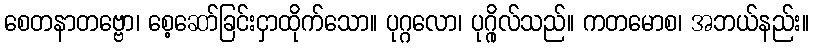
စေတနာတဗ္ဗော၊ စေ့ဆော်ခြင်းငှာထိုက်သော။ ပုဂ္ဂလော၊ ပုဂ္ဂိုလ်သည်။ ကတမောစ၊ အဘယ်နည်း။